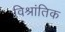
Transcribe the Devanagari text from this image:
विश्रांतिक